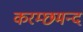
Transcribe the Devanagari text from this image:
करम्छमन्द